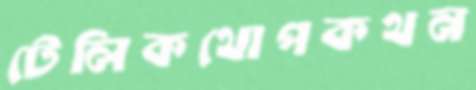
টেলিকথোপকথন